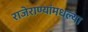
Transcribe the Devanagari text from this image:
राजेराण्यांमधल्या